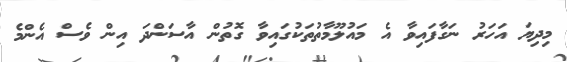
މިދިޔަ އަހަރުު ނަގާފައިވާ އެ މައުލޫމާތުތަކުގައިވާ ގޮތުން އާސަންދަ އިން ވެސް އެންމެ